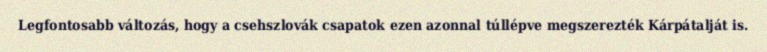
Legfontosabb változás, hogy a csehszlovák csapatok ezen azonnal túllépve megszerezték Kárpátalját is.